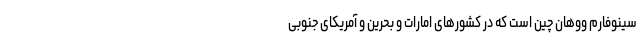
سینوفارم ووهان چین است که در کشورهای امارات و بحرین و آمریکای جنوبی